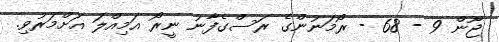
ޖޫން 9 - 68 - ރޯމަނުންގެ ރަސްގެފާނު ނީރޯ އަމިއްލަ އަށްމަރުވި.